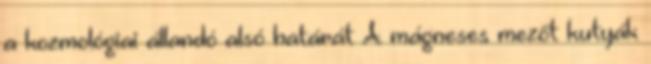
a kozmológiai állandó alsó határát A mágneses mezőt kutyák